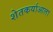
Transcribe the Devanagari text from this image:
शेतकर्याआला